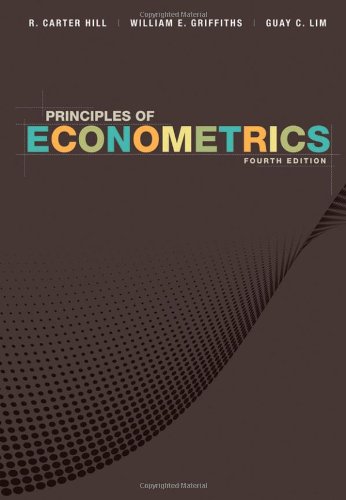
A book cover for Principles of Econometrics; R. Carter Hill; Business & Money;